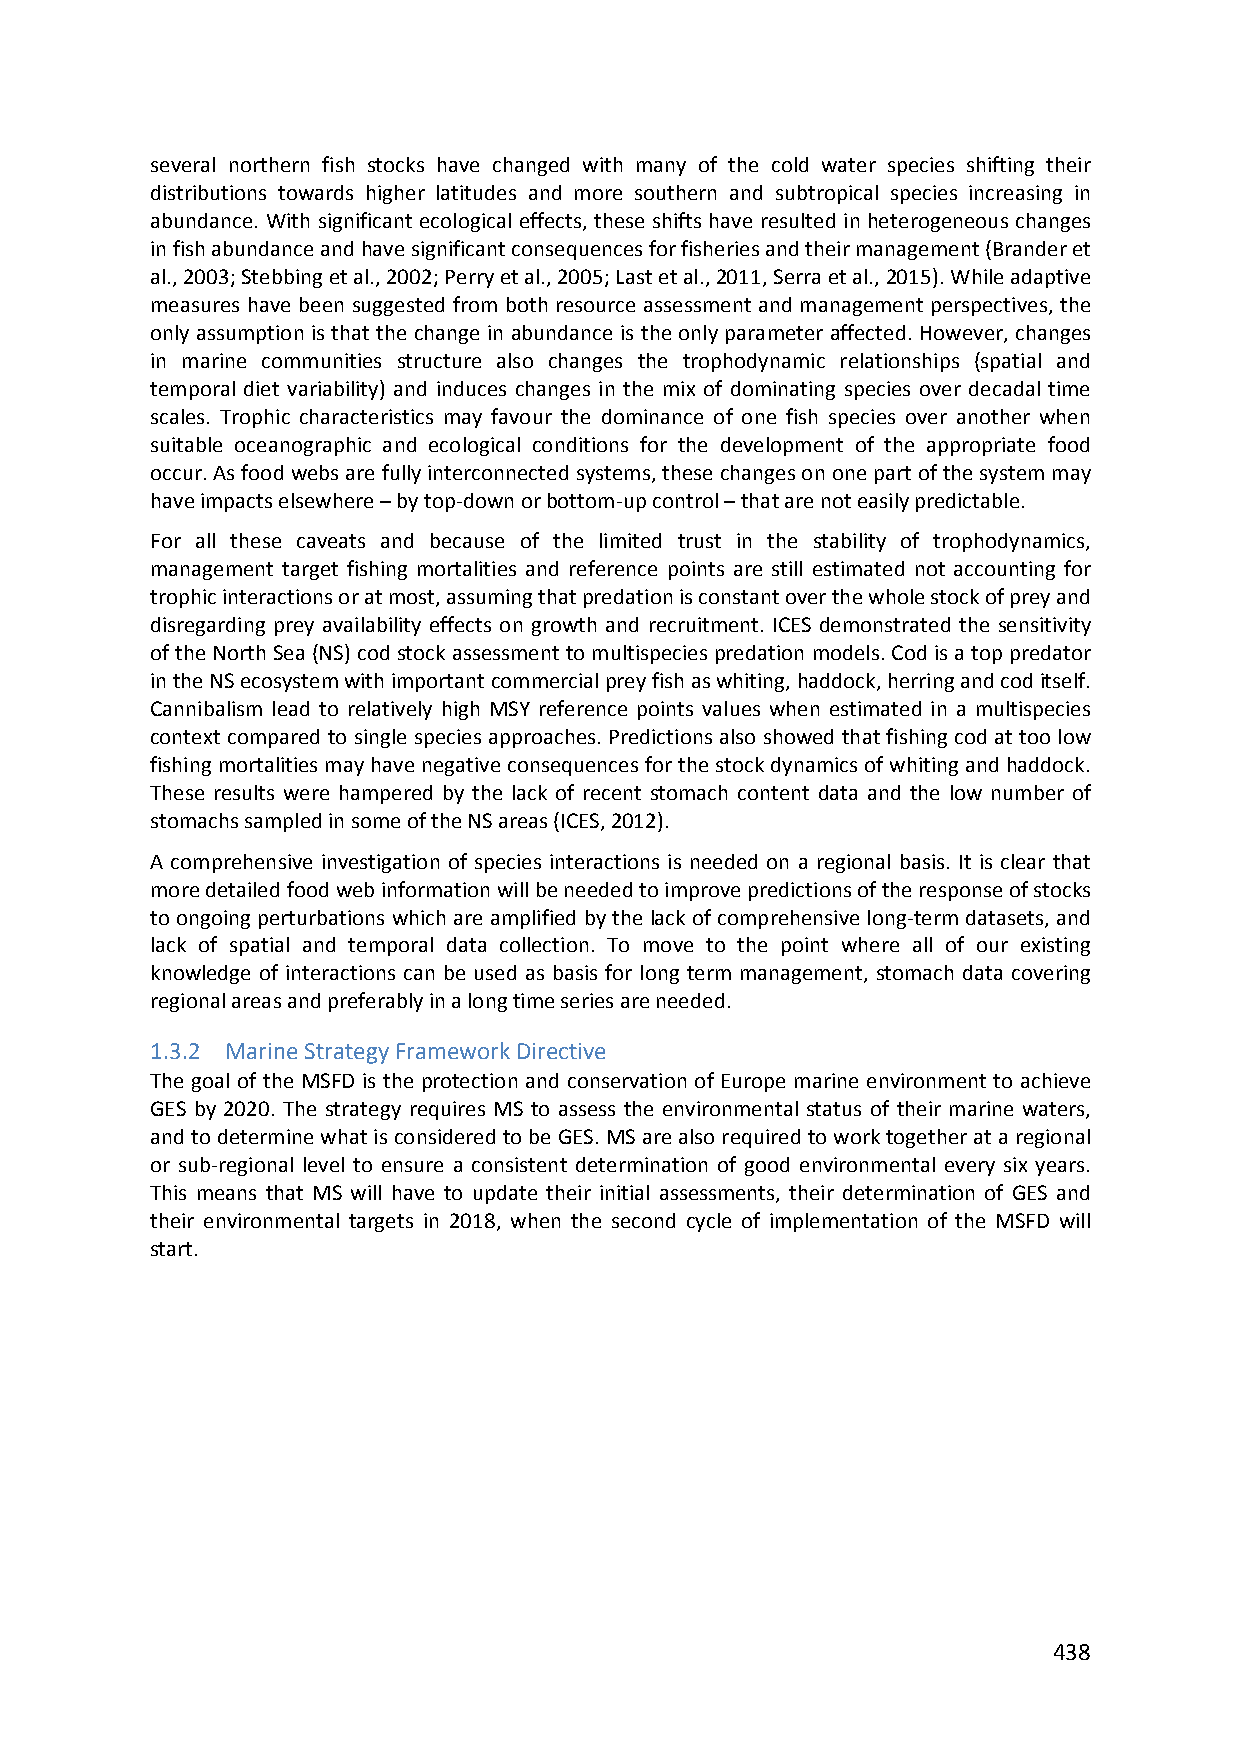
several northern fish stocks have changed with many of the cold water species shifting their
 distributions towards higher latitudes and more southern and subtropical species increasing in
 abundance. With significant ecological effects, these shifts have resulted in heterogeneous changes
 in fish abundance and have significant consequences for fisheries and their management (Brander et
 al., 2003; Stebbing et al., 2002; Perry et al., 2005; Last et al., 2011, Serra et al., 2015). While adaptive
 measures have been suggested from both resource assessment and management perspectives, the
 only assumption is that the change in abundance is the only parameter affected. However, changes
 in marine communities structure also changes the trophodynamic relationships (spatial and
 temporal diet variability) and induces changes in the mix of dominating species over decadal time
 scales. Trophic characteristics may favour the dominance of one fish species over another when
 suitable oceanographic and ecological conditions for the development of the appropriate food
 occur. As food webs are fully interconnected systems, these changes on one part of the system may
 have impacts elsewhere – by top‐down or bottom‐up control – that are not easily predictable.
 For all these caveats and because of the limited trust in the stability of trophodynamics,
 management target fishing mortalities and reference points are still estimated not accounting for
 trophic interactions or at most, assuming that predation is constant over the whole stock of prey and
 disregarding prey availability effects on growth and recruitment. ICES demonstrated the sensitivity
 of the North Sea (NS) cod stock assessment to multispecies predation models. Cod is a top predator
 in the NS ecosystem with important commercial prey fish as whiting, haddock, herring and cod itself.
 Cannibalism lead to relatively high MSY reference points values when estimated in a multispecies
 context compared to single species approaches. Predictions also showed that fishing cod at too low
 fishing mortalities may have negative consequences for the stock dynamics of whiting and haddock.
 These results were hampered by the lack of recent stomach content data and the low number of
 stomachs sampled in some of the NS areas (ICES, 2012).
 A comprehensive investigation of species interactions is needed on a regional basis. It is clear that
 more detailed food web information will be needed to improve predictions of the response of stocks
 to ongoing perturbations which are amplified by the lack of comprehensive long‐term datasets, and
 lack of spatial and temporal data collection. To move to the point where all of our existing
 knowledge of interactions can be used as basis for long term management, stomach data covering
 regional areas and preferably in a long time series are needed.
 1.3.2 Marine Strategy Framework Directive
 The goal of the MSFD is the protection and conservation of Europe marine environment to achieve
 GES by 2020. The strategy requires MS to assess the environmental status of their marine waters,
 and to determine what is considered to be GES. MS are also required to work together at a regional
 or sub‐regional level to ensure a consistent determination of good environmental every six years.
 This means that MS will have to update their initial assessments, their determination of GES and
 their environmental targets in 2018, when the second cycle of implementation of the MSFD will
 start.
 438